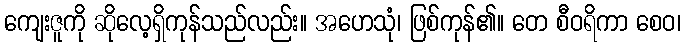
ကျေးဇူကို ဆိုလေ့ရှိကုန်သည်လည်း။ အဟေသုံ၊ ဖြစ်ကုန်၏။ တေ စီဝရိကာ စေဝ၊